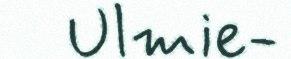
Ulmie-